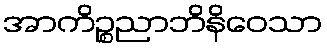
အာကိဉ္စညာဘိနိဝေသာ